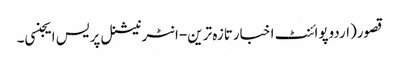
قصور(اردوپوائنٹ اخبارتازہ ترین-انٹرنیشنل پریس ایجنسی۔